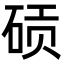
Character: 䂵